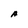
Character: A